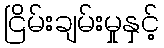
ငြိမ်းချမ်းမှုနှင့်